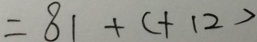
= 8 1 + ( + 1 2 )